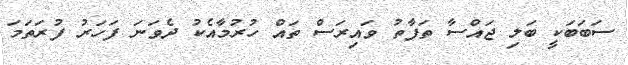
ސަބަބަކީ ބަލި ޖައްސާ ތަފާތު ވައިރަސް ތައް ހުރުމާއެކު ދެވަނަ ފަހަރު ފުރަތަމަ